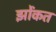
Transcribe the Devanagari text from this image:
झोंकत